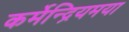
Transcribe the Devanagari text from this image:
कर्मेन्द्रियमया